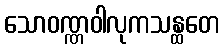
သောဝဏ္ဏဝါလုကသန္ထတေ